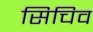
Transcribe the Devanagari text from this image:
सिचिव